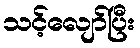
သင့်လျော်ပြီး